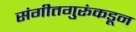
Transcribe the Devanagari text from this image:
संगीतगुरूंकडून